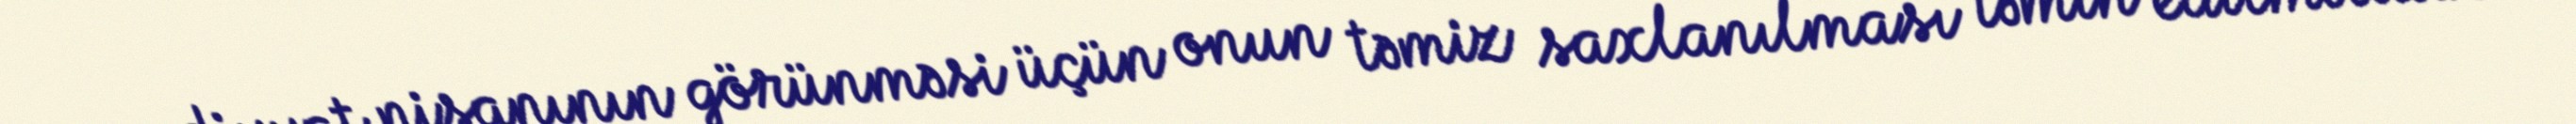
qeydiyyat nişanının görünməsi üçün onun təmiz saxlanılması təmin edilməlidir.